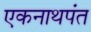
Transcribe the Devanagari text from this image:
एकनाथपंत